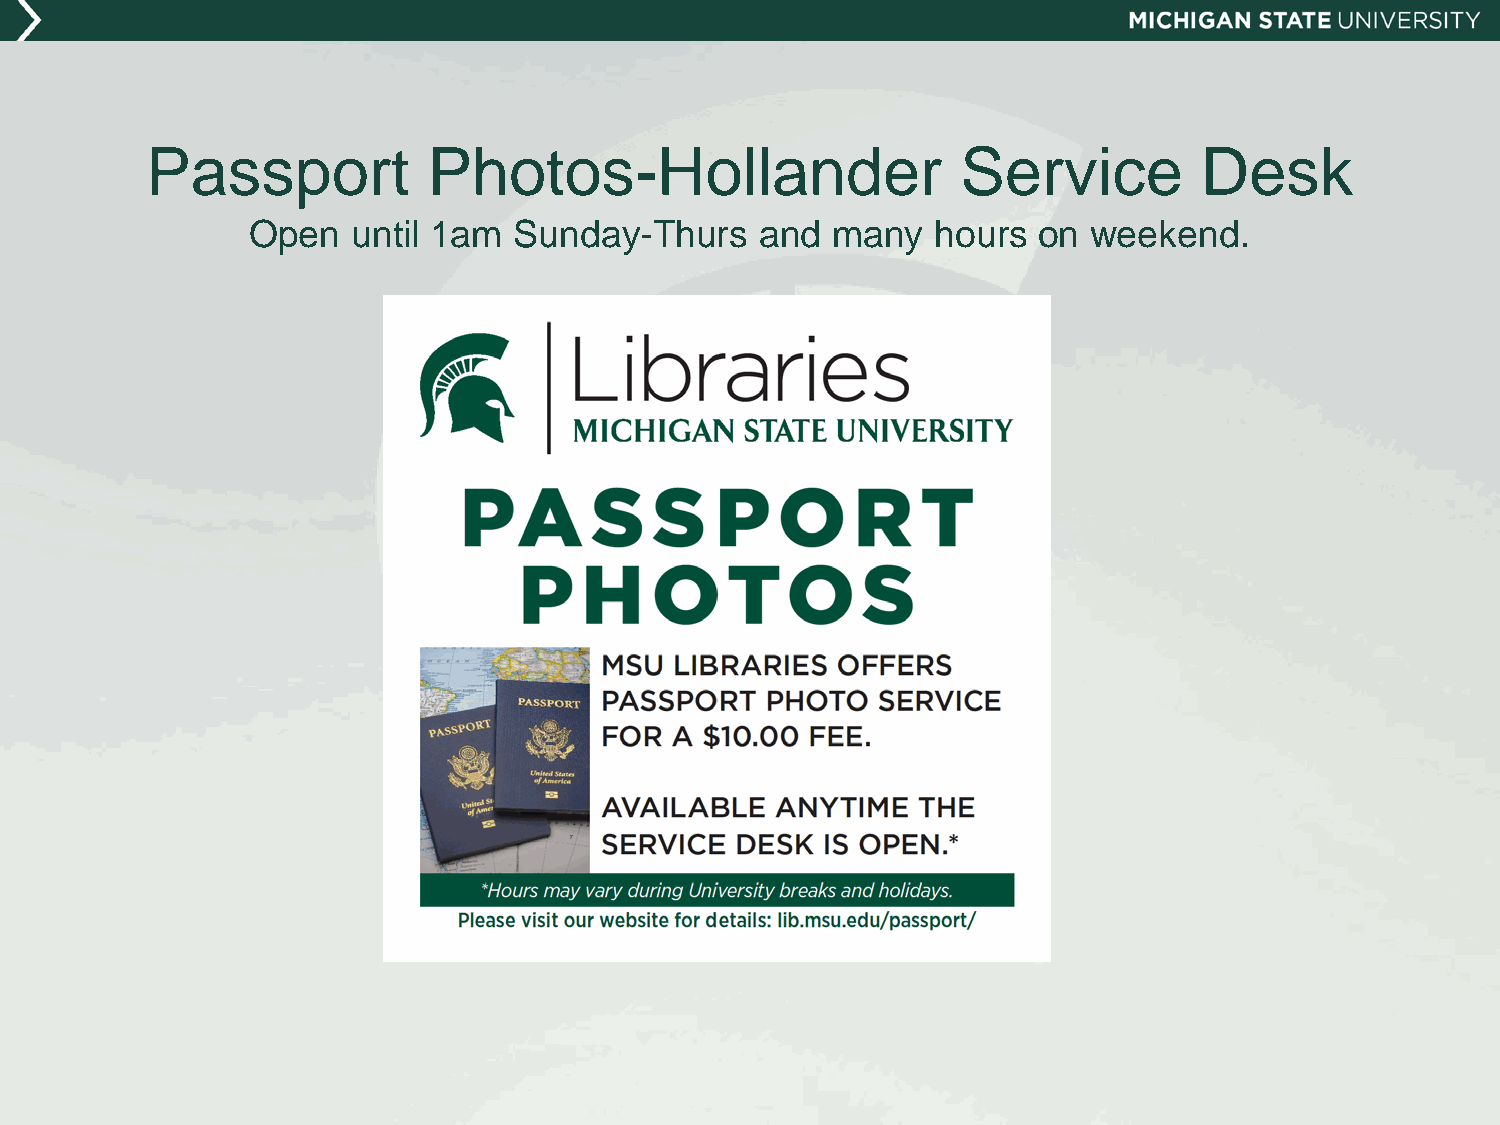
Passport          Photos-Hollander                    Service         Desk
 Open  until 1am  Sunday-Thurs    and  many   hours  on weekend.